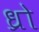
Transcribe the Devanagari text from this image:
ध्रो